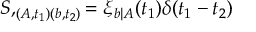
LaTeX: S , _ { ( A , t _ { 1 } ) ( b , t _ { 2 } ) } = \xi _ { b | A } ( t _ { 1 } ) \delta ( t _ { 1 } - t _ { 2 } )